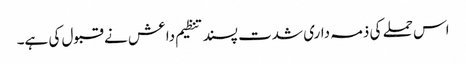
اس حملے کی ذمہ داری شدت پسند تنظیم داعش نے قبول کی ہے۔